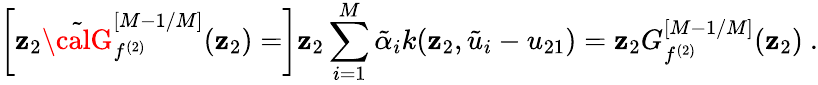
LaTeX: \left[\mathbf{z}_{2}{\tilde{{\calG}}}_{f^{(2)}}^{[M-1/M]}(\mathbf{z}_{2})=\right]\mathbf{z}_{2}\sum_{i=1}^{M}{\tilde{{\alpha}}}_{i}k(\mathbf{z}_{2},{\tilde{{u}}}_{i}-u_{21})=\mathbf{z}_{2}G_{f^{(2)}}^{[M-1/M]}(\mathbf{z}_{2})\ .